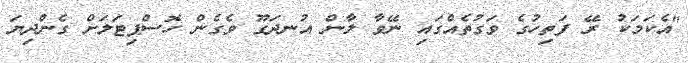
"އެކަމަކު ރޭ ފަތިހުގެ ވަގުތެއްގައި ނޭވާ ލާން އުނދަގޫ ވެގެން ހޮސްޕިޓަލަށް ގެންދިޔަ